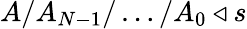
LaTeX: A/A_{N-1}/\ldots/A_{0}\triangleleft s